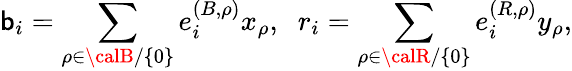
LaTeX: \mathsf{b}_{i}=\sum_{\rho\in{\calB}/\{ 0\} }e_{i}^{(B,\rho)}x_{\rho},\; \; r_{i}=\sum_{\rho\in{\calR}/\{ 0\} }e_{i}^{(R,\rho)}y_{\rho},